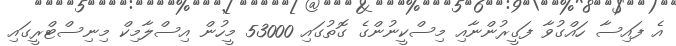
އެ ފައިސާ ހައްގުވާ ފަގީރުންނާއި މިސްކީނުންގެ ގޮތުގައި 53000 މީހުން އިސްލާމިކް މިނިސްޓްރީގައި